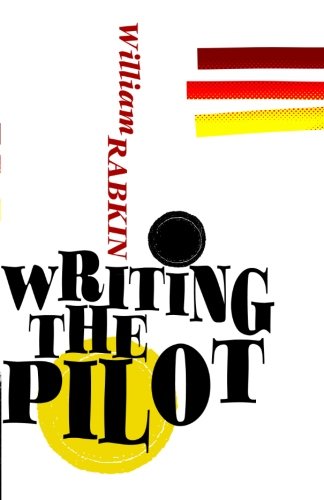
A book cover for Writing the Pilot; William Rabkin; Humor & Entertainment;